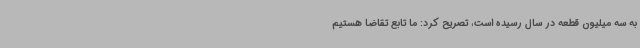
به سه میلیون قطعه در سال رسیده است، تصریح کرد: ما تابع تقاضا هستیم